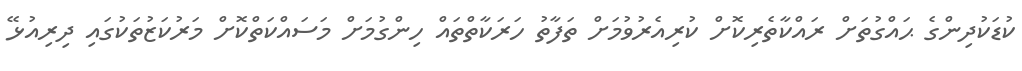
ކުޑަކުދިންގެ ޙައްގުތަށް ރައްކާތެރިކޮށް ކުރިއެރުވުމަށް ތަފާތު ހަރަކާތްތައް ހިންގުމަށް މަސައްކަތްކޮށް މަރުކަޒުތަކުގައި ދިރިއުޅޭ